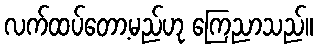
လက်ထပ်တော့မည်ဟု ကြေညာသည်။